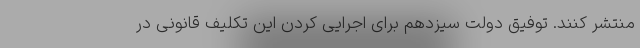
منتشر کنند. توفیق دولت سیزدهم برای اجرایی کردن این تکلیف قانونی در